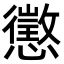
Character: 懲